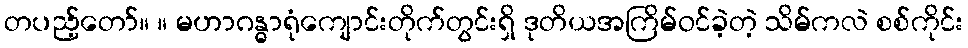
တပည့်တော်။ ။ မဟာဂန္ဓာရုံကျောင်းတိုက်တွင်းရှိ ဒုတိယအကြိမ်ဝင်ခဲ့တဲ့ သိမ်ကလဲ စစ်ကိုင်း